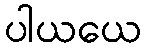
ပါယယေ